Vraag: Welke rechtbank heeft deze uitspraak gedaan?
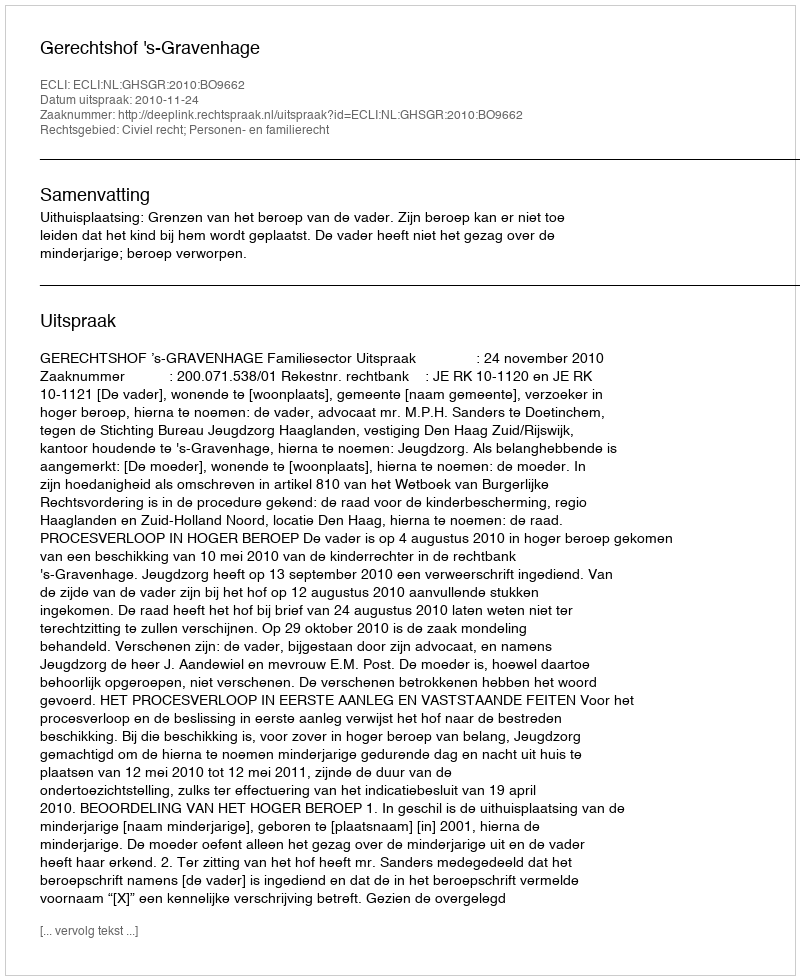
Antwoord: Gerechtshof 's-Gravenhage